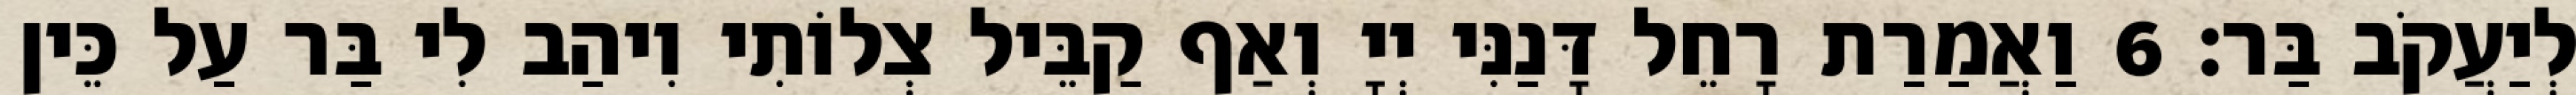
לְיַעֲקֹב בַּר׃ 6 וַאֲמַרַת רָחֵל דָּנַנִּי יְיָ וְאַף קַבֵּיל צְלוֹתִי וִיהַב לִי בַּר עַל כֵּין